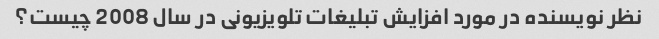
نظر نویسنده در مورد افزایش تبلیغات تلویزیونی در سال 2008 چیست؟